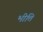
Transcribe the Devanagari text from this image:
भीत्ति